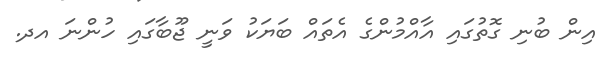
އިން ބުނި ގޮތުގައި އާއްމުންގެ އެތައް ބަޔަކު ވަނީ ޖޫބާގައި ހުންނަ އދ.